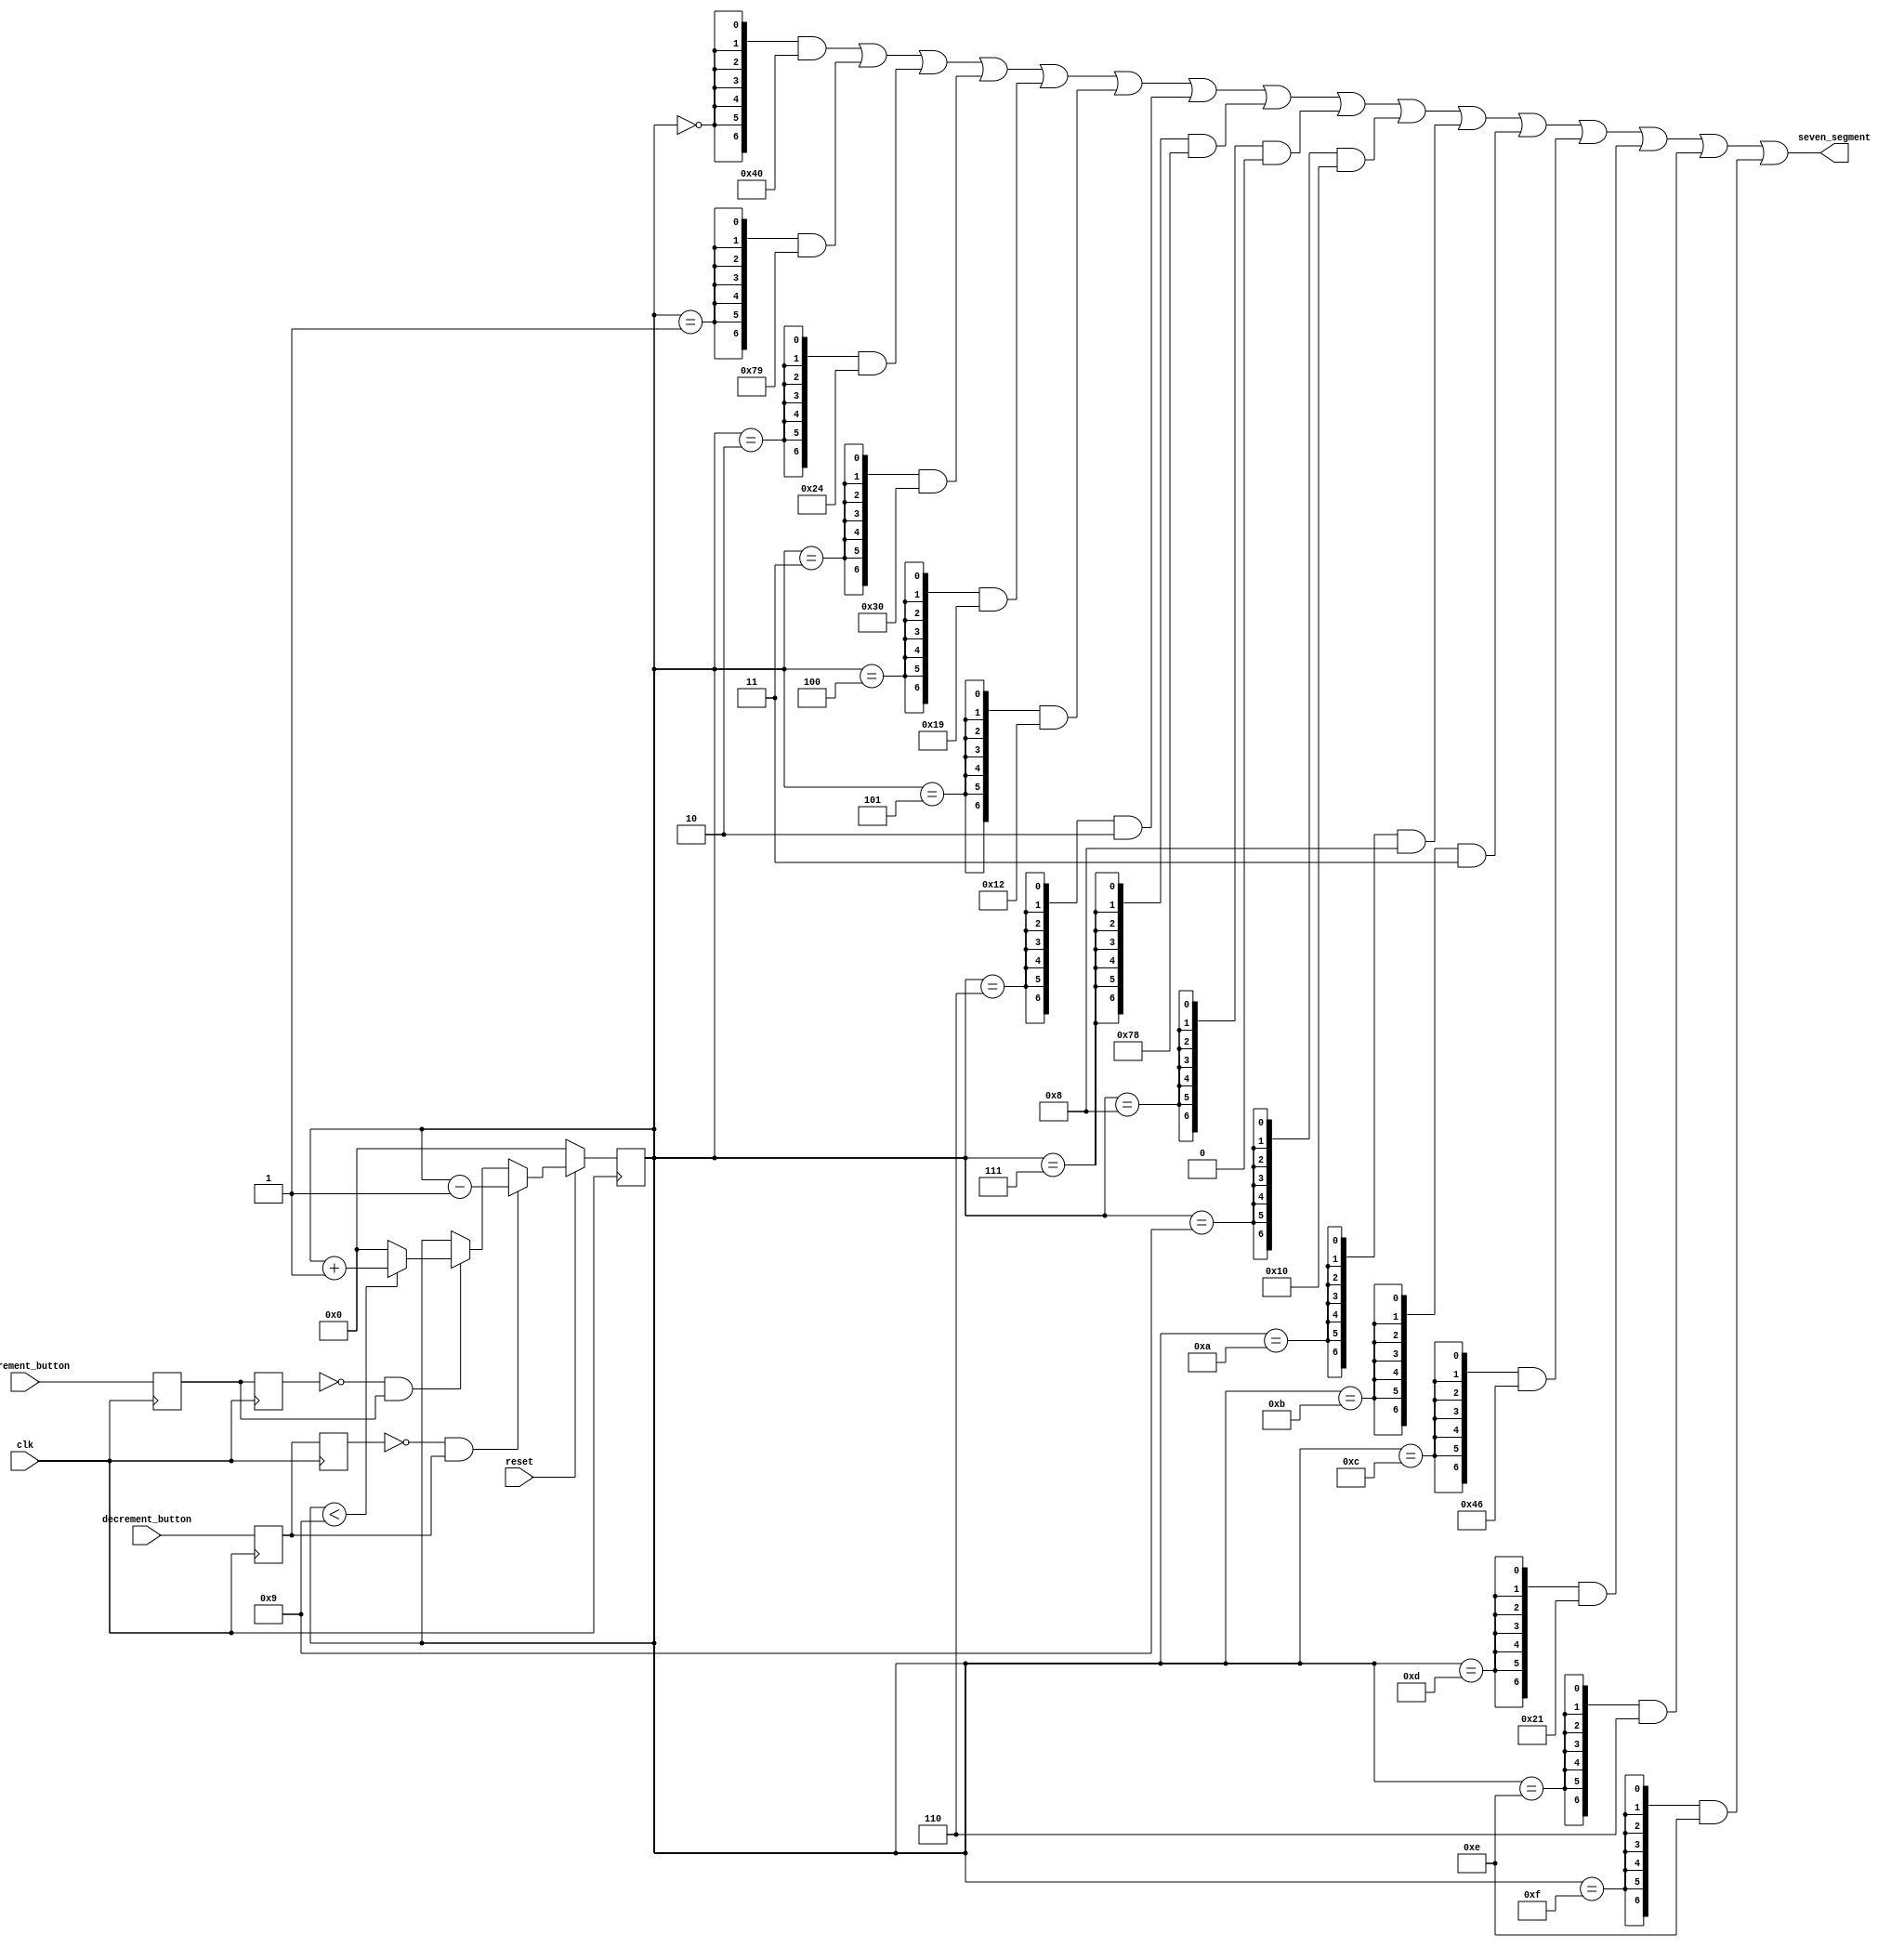
module task11 (
    input clk,
    input reset, // KEY0
    input increment_button, // KEY1
    input decrement_button, // KEY 2
    output [6:0] seven_segment
);

reg [3:0] hex;
reg but_r_inc;
reg but_rr_inc;
reg but_r_dec;
reg but_rr_dec;
assign push_inc = (~but_rr_inc)&(but_r_inc); //   
assign push_dec = (~but_rr_dec)&(but_r_dec); //   

always @(posedge clk) begin
    but_r_inc <= increment_button;
    but_rr_inc <= but_r_inc;
	 
	 but_r_dec <= decrement_button;
    but_rr_dec <= but_r_dec;

    if (reset == 0) begin
        hex <= 0;
    end
	 else begin

    if (push_inc == 1) begin
		if (hex < 4'd9) begin
				hex <= hex + 1;
		end
		else   hex <= 0;
    end
	 
	 if (push_dec == 1) begin
        hex <= hex - 1;
    end
	 end
end

assign seven_segment =  {7{hex == 0}} & ~7'b0111111 |
                        {7{hex == 1}} & ~7'b0000110 |
                        {7{hex == 2}} & ~7'b1011011 |
                        {7{hex == 3}} & ~7'b1001111 |
                        {7{hex == 4}} & ~7'b1100110 |
                        {7{hex == 5}} & ~7'b1101101 |
                        {7{hex == 6}} & ~7'b1111101 |
                        {7{hex == 7}} & ~7'b0000111 |
                        {7{hex == 8}} & ~7'b1111111 |
                        {7{hex == 9}} & ~7'b1101111 |
                        {7{hex == 4'ha}} & ~7'b1110111 |
                        {7{hex == 4'hb}} & ~7'b1111100 |
                        {7{hex == 4'hc}} & ~7'b0111001 |
                        {7{hex == 4'hd}} & ~7'b1011110 |
                        {7{hex == 4'he}} & ~7'b1111001 |
                        {7{hex == 4'hf}} & ~7'b1110001;
endmodule